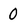
Character: 0